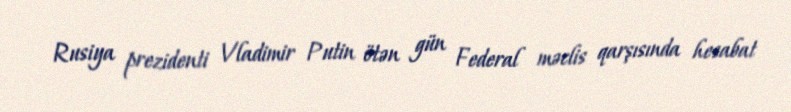
Rusiya prezidenti Vladimir Putin ötən gün Federal məclis qarşısında hesabat